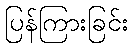
ပြန်ကြားခြင်း